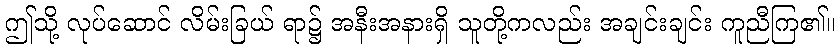
ဤသို့ လုပ်ဆောင် လိမ်းခြယ် ရာ၌ အနီးအနားရှိ သူတို့ကလည်း အချင်းချင်း ကူညီကြ၏။